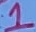
Text: 1